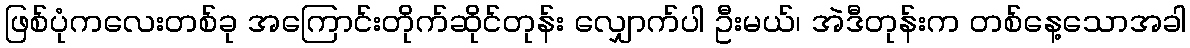
ဖြစ်ပုံကလေးတစ်ခု အကြောင်းတိုက်ဆိုင်တုန်း လျှောက်ပါ ဦးမယ်၊ အဲဒီတုန်းက တစ်နေ့သောအခါ